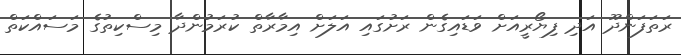
ރަތަފަންދޫ އަދި ފިޔޯރީއަށް ވަޑައިގެން ރަށުގައި އަލަށް އިމާރާތް ކުރަމުންދާ މިސްކިތުގެ މަސައްކަތް